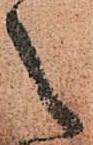
之